Vital statistics of India. Vol. IV, Annual returns from 1871 to 1876. British Army of India, Native Army and jails of Bengal
Year: 1871
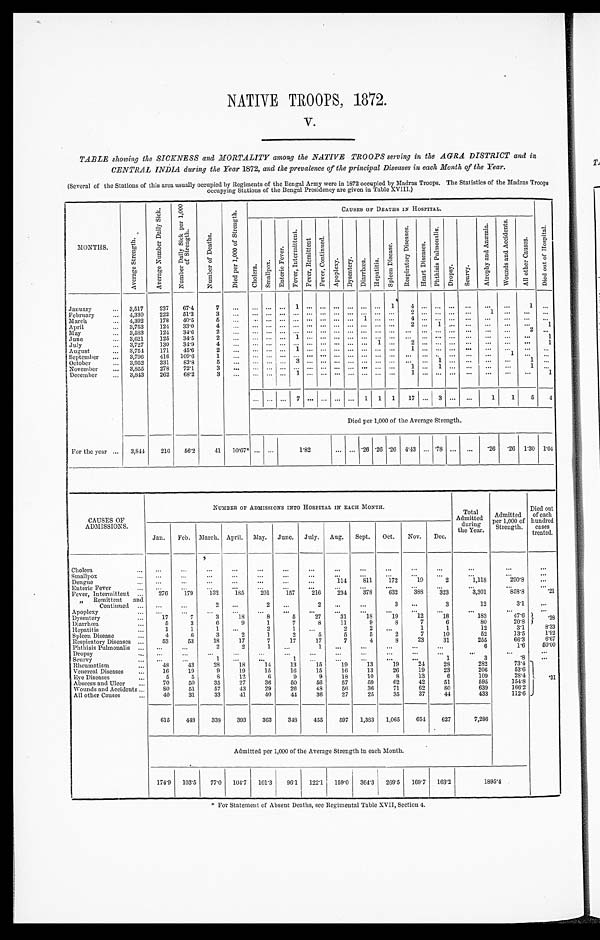
NATIVE TROOPS, 1872.
TABLE showing the SICKNESS and MORTALITY among the NATIVE TROOPS serving in the AGRA DISTRICT and in
CENTRAL INDIA during the Year 1872, and the prevalence of the principal Diseases in each Month of the Year.
(Several of the Stations of this area usually occupied by Regiments of the Bengal Army were in 1872 occupied by Madras Troops. The Statistics of the Madras Troops
occupying Stations of the Bengal Presidency are given in Table XVIII.)
MONTHS.
A v e r a g e S t r e n g t h .
A v e r a g e N u m b e r D a i l y S i c k . N u m b e r D a i l y S i c k p e r 1 , 0 0 0 o f S t r e n g t h .
N u m b e r o f D e a t h s .
D i e d p e r 1 , 0 0 0 o f S t r e n g t h .
CAUSES OF DEATHS IN HOSPITAL.
C h o l e r a .
S m a l l p o x .
E n t e r i c F e v e r .
F e v e r , I n t e r m i t t e n t . F e v e r , R e m i t t e n t F e v e r , C o n t i n u e d .
A p o p l e x y .
D y s e n t e r y . D i a r r h œ a . H e p a t i t i s . S p l e e n D i s e a s e .
R e s p i r a t o r y D i s e a s e s .
H e a r t D i s e a s e s .
P h t h i s i s P u l m o n a l i s .
D r o p s y .
S c u r v y .
A t r o p h y a n d A n æ m i a .
W o u n d s a n d A c c i d e n t s .
A l l o t h e r C a u s e s . D i e d o u t o f H o s p i t a l .
January . . .
3,517 237 67.4
7
. . . . . . . . . . . . 1
. . . . . . . . . . . . . . . . . . 1
4 . . . . . . . . . . . . . . . . . .
1 . . .
February . . . 4,330 222 51.3
3 . . . . . . . . . . . . . . . . . . . . . . . . . . . . . . . . . . . . 2 . . . . . . . . . . . . 1 . . . . . . . . .
1 . . .
. . .
4 . . . . . . . . . . . .
. . .
. . . . . . . . .
March . . .
4,392 178 40.5
5
. . . . . . . . . . . . . . . . . . . . . . . . . . .
2 . . . 1
. . . . . .
. . .
. . . . . . 1
April . . .
3,753 124 33.0
4 . . . . . . . . . . . . . . . . . . . . . . . . . . . . . . . . .
. . .
. . . . . . . . . . . . . . . . . . 2
. . .
. . .
May . . .
3,583 124 34.6
2 . . . . . . . . . . . . . . . . . . . . . . . . . . . . . . . . .
June . . .
3,621 125 34.5
2 . . . . . . . . . . . . 1 . . . . . . . . . . . . . . . . . .
. . .
. . . . . . . . . . . . . . . . . . . . . . . . 1
1 . . . 2 . . . . . . . . . . . . . . . . . . . . . 1
July . . .
3,727 130 34.9
4 . . . . . . . . . . . . . . . . . . . . . . . . . . . . . . . . . . . .
1 . . . . . . . . . . . . . . . . . . . . . . . .
August . . .
3,754 171 45.6
2 . . . . . . . . . . . . 1 . . . . . . . . . . . . . . .
1 . . . . . .
September . . . 3,796 416 109.6
1 . . . . . . . . . . . . . . . . . . . . . . . . . . . . . . . . .
. . . . . . . . . . . . . . . . . .
. . .
1
. . . . . . . . . . . . .1 . . .
October . . .
3,952 331 83.8
5 . . . . . . . . . . . . 3 . . . . . . . . . . . . . . . . . .
. . . . . . . . . . . . 1 . . . . . . . . . . . .
1 . . .
1
November . . . 3,855 278 72.1
3 . . . . . . . . . . . . . . . . . . . . . . . . . . . . . . . . . . . .
December . . . 3,843 262 68.2
3 . . . . . . . . . . . . 1 . . . . . . . . . . . . . . . . . .
. . .
1 . . . . . .
. . . . . . . . .
. . . . . . 1
For the year . . .
. . . . . . . . . 7 . . . . . . . . . . . . 1 1 1
1 7 . . . 3 . . . . . . 1 1 5 4
Died per 1,000 of the Average Strength.
3,844 216 56.2
41 10.67* . . . . . .
1 . 8 2
. . . . . . .26 .26 .26 4.43 . . . .78 . . . . . . .26 .26 1.30 1.04
CAUSES OF
ADMISSIONS.
NUMBER OF ADMISSIONS INTO HOSPITAL IN EACH MONTH.
Total
Admitted
during
the Year.
Admitted
per 1,000 of
Strength.
Died out
of each
hundred
cases
treated.
Jan. Feb. March. April. May. June. July. Aug. Sept. Oct. Nov. Dec.
Cholera . . .
. . .
. . . . . .
. . . . . .
. . .
. . .
. . .
. . .
. . .
. . .
. . .
. . .
. . .
. . .
Smallpox . . .
. . .
. . . . . .
. . .
. . . . . .
. . . . . .
. . .
. . .
. . .
. . .
. . .
. . .
. . .
Dengue . . .
. . .
. . . . . .
. . .
. . .
. . .
. . . 114
8 1 1 172
1 9
2
1,118
290.8
. . .
Enteric Fever . . .
. . .
. . . . . .
. . .
. . .
. . .
. . . . . .
. . .
. . .
. . .
. . .
. . .
. . .
. . .
276 179 132 185 201 157 216 234 378 632 388 323
3,301
858.8
.21
Fever, Intermittent . . .
" Remittent and
Continued . . . . . .
. . .
2
. . . 2
. . .
2
. . . . . .
3
. . .
3
12
3.1 . . .
Apoplexy . . .
. . .
. . . . . .
. . . . . .
. . .
. . . . . .
. . .
. . .
. . .
. . .
. . .
. . .
. . .
17
7
3
18
8
5
27
31
18
19
12
18
183
4 7 . 6 .38
Dysentery . . .
5
3
6
9
1
7
8
11
9
8
7
6
80
20.8
Diarrhœa . . .
1
1
1
. . .
2
1
. . .
2
2 . . .
1
1
12
3.1
8.33
Hepatitis . . .
4
6
3
2
1
2
5
5
5
2
7
10
52
13.5
1.92
Spleen Disease . . .
53
53
18
17
7
17
17
7
4
8
23
31
255
66.3
6.67
Respiratory Diseases . . .
Phthisis Pulmonalis . . .
. . . . . .
2
2
1
. . .
1
. . . . . .
. . .
. . .
. . .
6
1.6 50.00
Dropsy . . .
. . .
. . . . . .
. . . . . .
. . .
. . . . . .
. . .
. . . . . .
. . .
. . .
. . .
. . .
Scurvy . . .
. . .
. . . 1
. . . . . .
1
. . .
. . . . . .
. . .
. . .
1
3
. 8
. . .
4 8
43
28
18
14
13
15
19
13
19
24
28
282
73.4
Rheumatism . . .
16
19
9
19
15
16
15
16
13
26
19
23
206
53.6
Venereal Diseases . . .
Eye Diseases . . .
5
5
8 12
6
9
9
18
10
8
13
6
109
28.4 .31
70
50
35
27
36
50
56
57
59
62
42
51
595
154.8
Abscess and Ulcer . . .
8 0 51
57
43
29
26
48
56
36
71
62
8 0
639
166.2
Wounds and Accidents . . .
All other Causes . . .
40
31
33
41
40
44
36
27
25
35
37
44
433
112.6
615 448 338 393 363 348 455 597 1,383 1,065 654 627
7,286
Admitted per 1,000 of the Average Strength in each Month.
174.9 103.5 77.0 104.7 101.3 96.1 122.1 159.0 364.3 269.5 169.7 163.2
1 8 9 5 . 4
* For Statement of Absent Deaths, see Regimental Table XVII, Section 4.